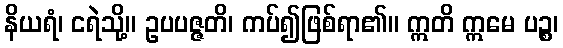
နိယရံ၊ ငရဲသို့။ ဥပပဇ္ဇတိ၊ ကပ်၍ဖြစ်ရာ၏။ ဣတိ ဣမေ ပဉ္စ၊